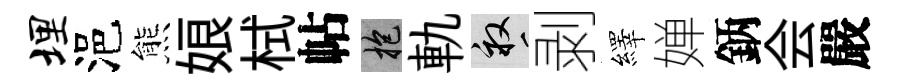
埋浥熊娘栻帖抱軌畝剥繹婵鈵会嚴